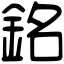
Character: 銘